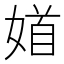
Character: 𡞝